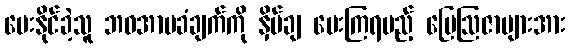
ပေးနိုင်ခဲ့သူ ဘဝအာမခံချက်ကို နှိမ်ချ ပေးကြရမည့် မြေဩဇာများအား